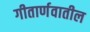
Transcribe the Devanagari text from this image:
गीतार्णवातील